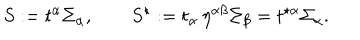
S : = t ^ { \alpha } \Sigma _ { \alpha } , \qquad S ^ { \star } : = t _ { \alpha } \, \eta ^ { \alpha \beta } \Sigma _ { \beta } = t ^ { \star \alpha } \Sigma _ { \alpha } .